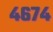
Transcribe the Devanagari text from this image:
४६७४